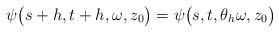
LaTeX: \begin{align*}\psi\big(s + h,t + h,\omega,z_0\big) = \psi\big(s,t,\theta_h \omega, z_0\big)\end{align*}